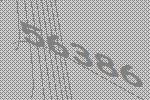
56386